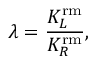
\lambda = \frac { K _ { L } ^ { \mathrm { r m } } } { K _ { R } ^ { \mathrm { r m } } } ,